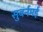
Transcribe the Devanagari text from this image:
सुबर्नमई